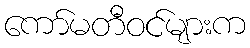
ကော်မတီဝင်များက